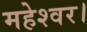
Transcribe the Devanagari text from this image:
महेश्वर।